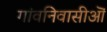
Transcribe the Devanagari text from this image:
गांवनिवासीऒं